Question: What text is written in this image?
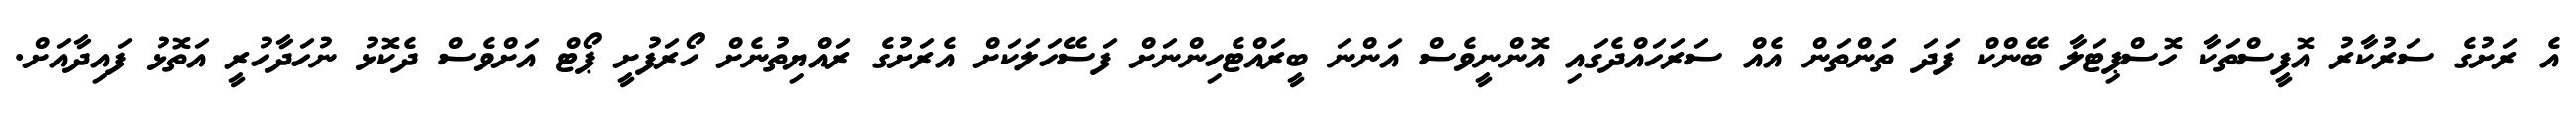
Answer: އެ ރަށުގެ ސަރުކާރު އޮފީސްތަކާ ހޮސްޕިޓަލާ ބޭންކް ފަދަ ތަންތަން އެއް ސަރަހައްދެގައި އޮންނީވެސް އަންނަ ބީރައްޓެހިންނަށް ފަސޭހަލަކަށް އެރަށުގެ ރައްޔިތުނެށް ހޯރަފުށީ ޕޯޓް އަށްވެސް ދެކޮޅު ނުހަދާހުރީ އަތޮޅު ފައިދާއަށް.